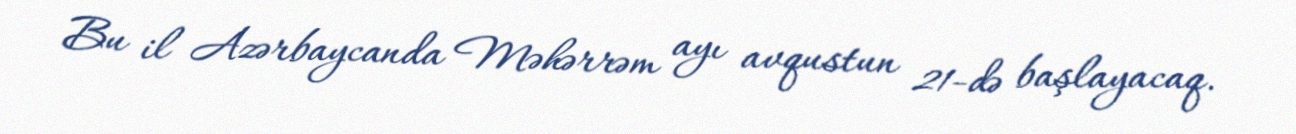
Bu il Azərbaycanda Məhərrəm ayı avqustun 21-də başlayacaq.